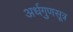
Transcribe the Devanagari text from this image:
अर्धगुणसूत्र